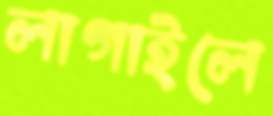
লাগাইলে